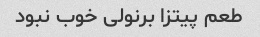
طعم پیتزا برنولی خوب نبود